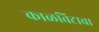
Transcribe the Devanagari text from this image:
काळविटाचा